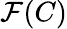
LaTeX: \mathcal{F}(C)